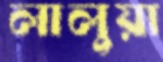
লালুয়া